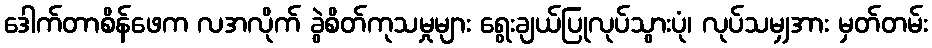
ဒေါက်တာစိန်ဖေက လအလိုက် ခွဲစိတ်ကုသမှုများ ရွေးချယ်ပြုလုပ်သွားပုံ၊ လုပ်သမျှအား မှတ်တမ်း